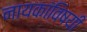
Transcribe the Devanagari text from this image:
नायकांविषयी